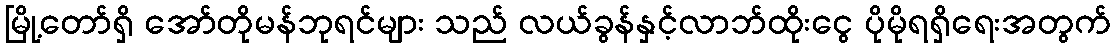
မြို့တော်ရှိ အော်တိုမန်ဘုရင်များ သည် လယ်ခွန်နှင့်လာဘ်ထိုးငွေ ပိုမိုရရှိရေးအတွက်